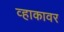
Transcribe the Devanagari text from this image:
व्हाकावर